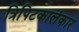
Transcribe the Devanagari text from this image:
त्रिपिटकालंकार